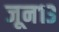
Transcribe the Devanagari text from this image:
जून१३